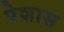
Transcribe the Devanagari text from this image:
पेशास